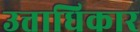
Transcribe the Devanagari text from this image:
उत्ताधिकार